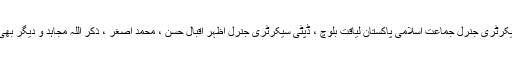
اس موقع پر سیکرٹری جنرل جماعت اسلامی پاکستان لیاقت بلوچ ، ڈپٹی سیکرٹری جنرل اظہر اقبال حسن ، محمد اصغر ، ذکر اللہ مجاہد و دیگر بھی موجود تھے ۔